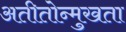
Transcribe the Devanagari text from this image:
अतीतोन्मुखता